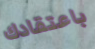
باعتقادك